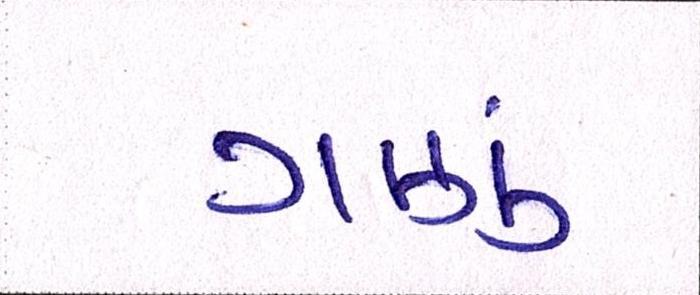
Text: ગણું